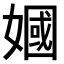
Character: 𫱣